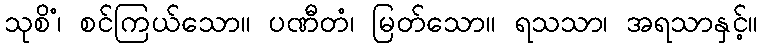
သုစိံ၊ စင်ကြယ်သော။ ပဏီတံ၊ မြတ်သော။ ရသသာ၊ အရသာနှင့်။